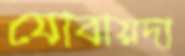
যোবায়দা